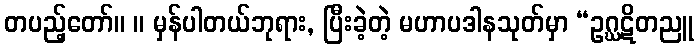
တပည့်တော်။ ။ မှန်ပါတယ်ဘုရား, ပြီးခဲ့တဲ့ မဟာပဒါနသုတ်မှာ “ဥဂ္ဃဋိတညူ